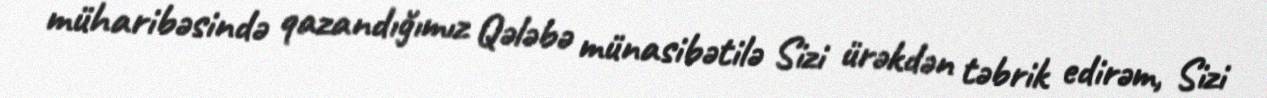
müharibəsində qazandığımız Qələbə münasibətilə Sizi ürəkdən təbrik edirəm, Sizi